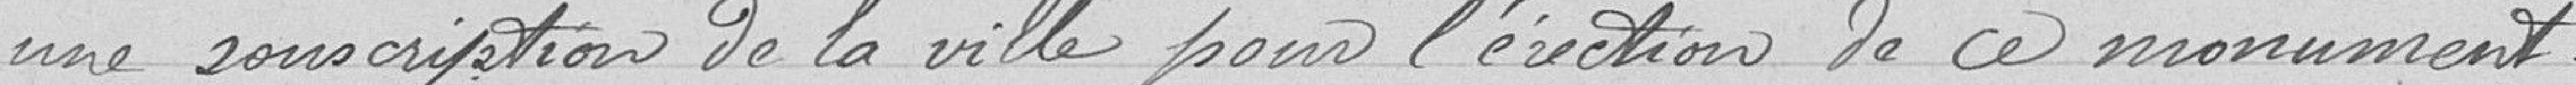
une souscription de la ville pour l’érection de ce monument.